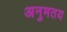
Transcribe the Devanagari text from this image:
अनुमतय